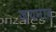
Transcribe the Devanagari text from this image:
ज़यनाब